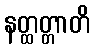
နတ္ထတ္တာတိ